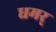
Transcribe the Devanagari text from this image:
धमर्